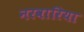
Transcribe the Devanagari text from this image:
नरवारिया